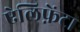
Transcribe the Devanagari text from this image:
ऐलिफ़ेंटा